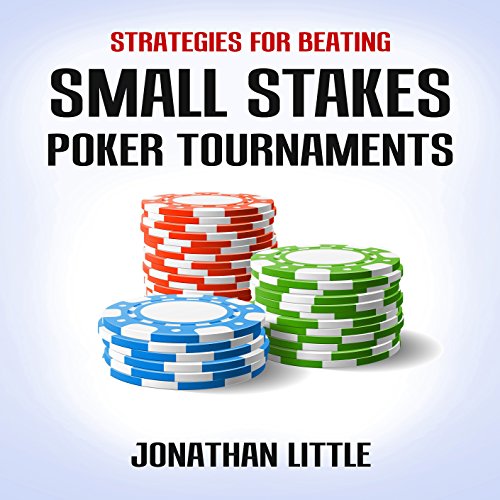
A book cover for Strategies for Beating Small Stakes Poker Tournaments; Jonathan Little; Humor & Entertainment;